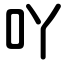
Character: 吖